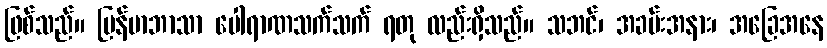
ဖြစ်သည်။ မြန်မာဘာသာ ပေါရာဏသက်သက် ရတု လည်းရှိသည်။ သဘင်၊ အခမ်းအနား၊ အခြေအနေ